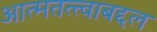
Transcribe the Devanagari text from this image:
आत्मतत्त्वाबद्दल